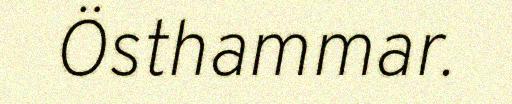
Östhammar.